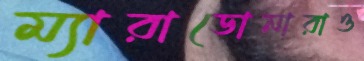
ম্যারাডোনারাও